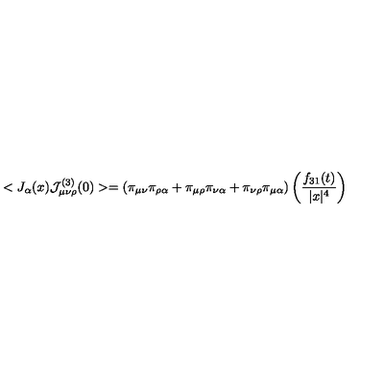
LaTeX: < J _ { \alpha } ( x ) { \cal J } _ { \mu \nu \rho } ^ { ( 3 ) } ( 0 ) > = ( \pi _ { \mu \nu } \pi _ { \rho \alpha } + \pi _ { \mu \rho } \pi _ { \nu \alpha } + \pi _ { \nu \rho } \pi _ { \mu \alpha } ) \left( \frac { f _ { 3 1 } ( t ) } { | x | ^ { 4 } } \right)